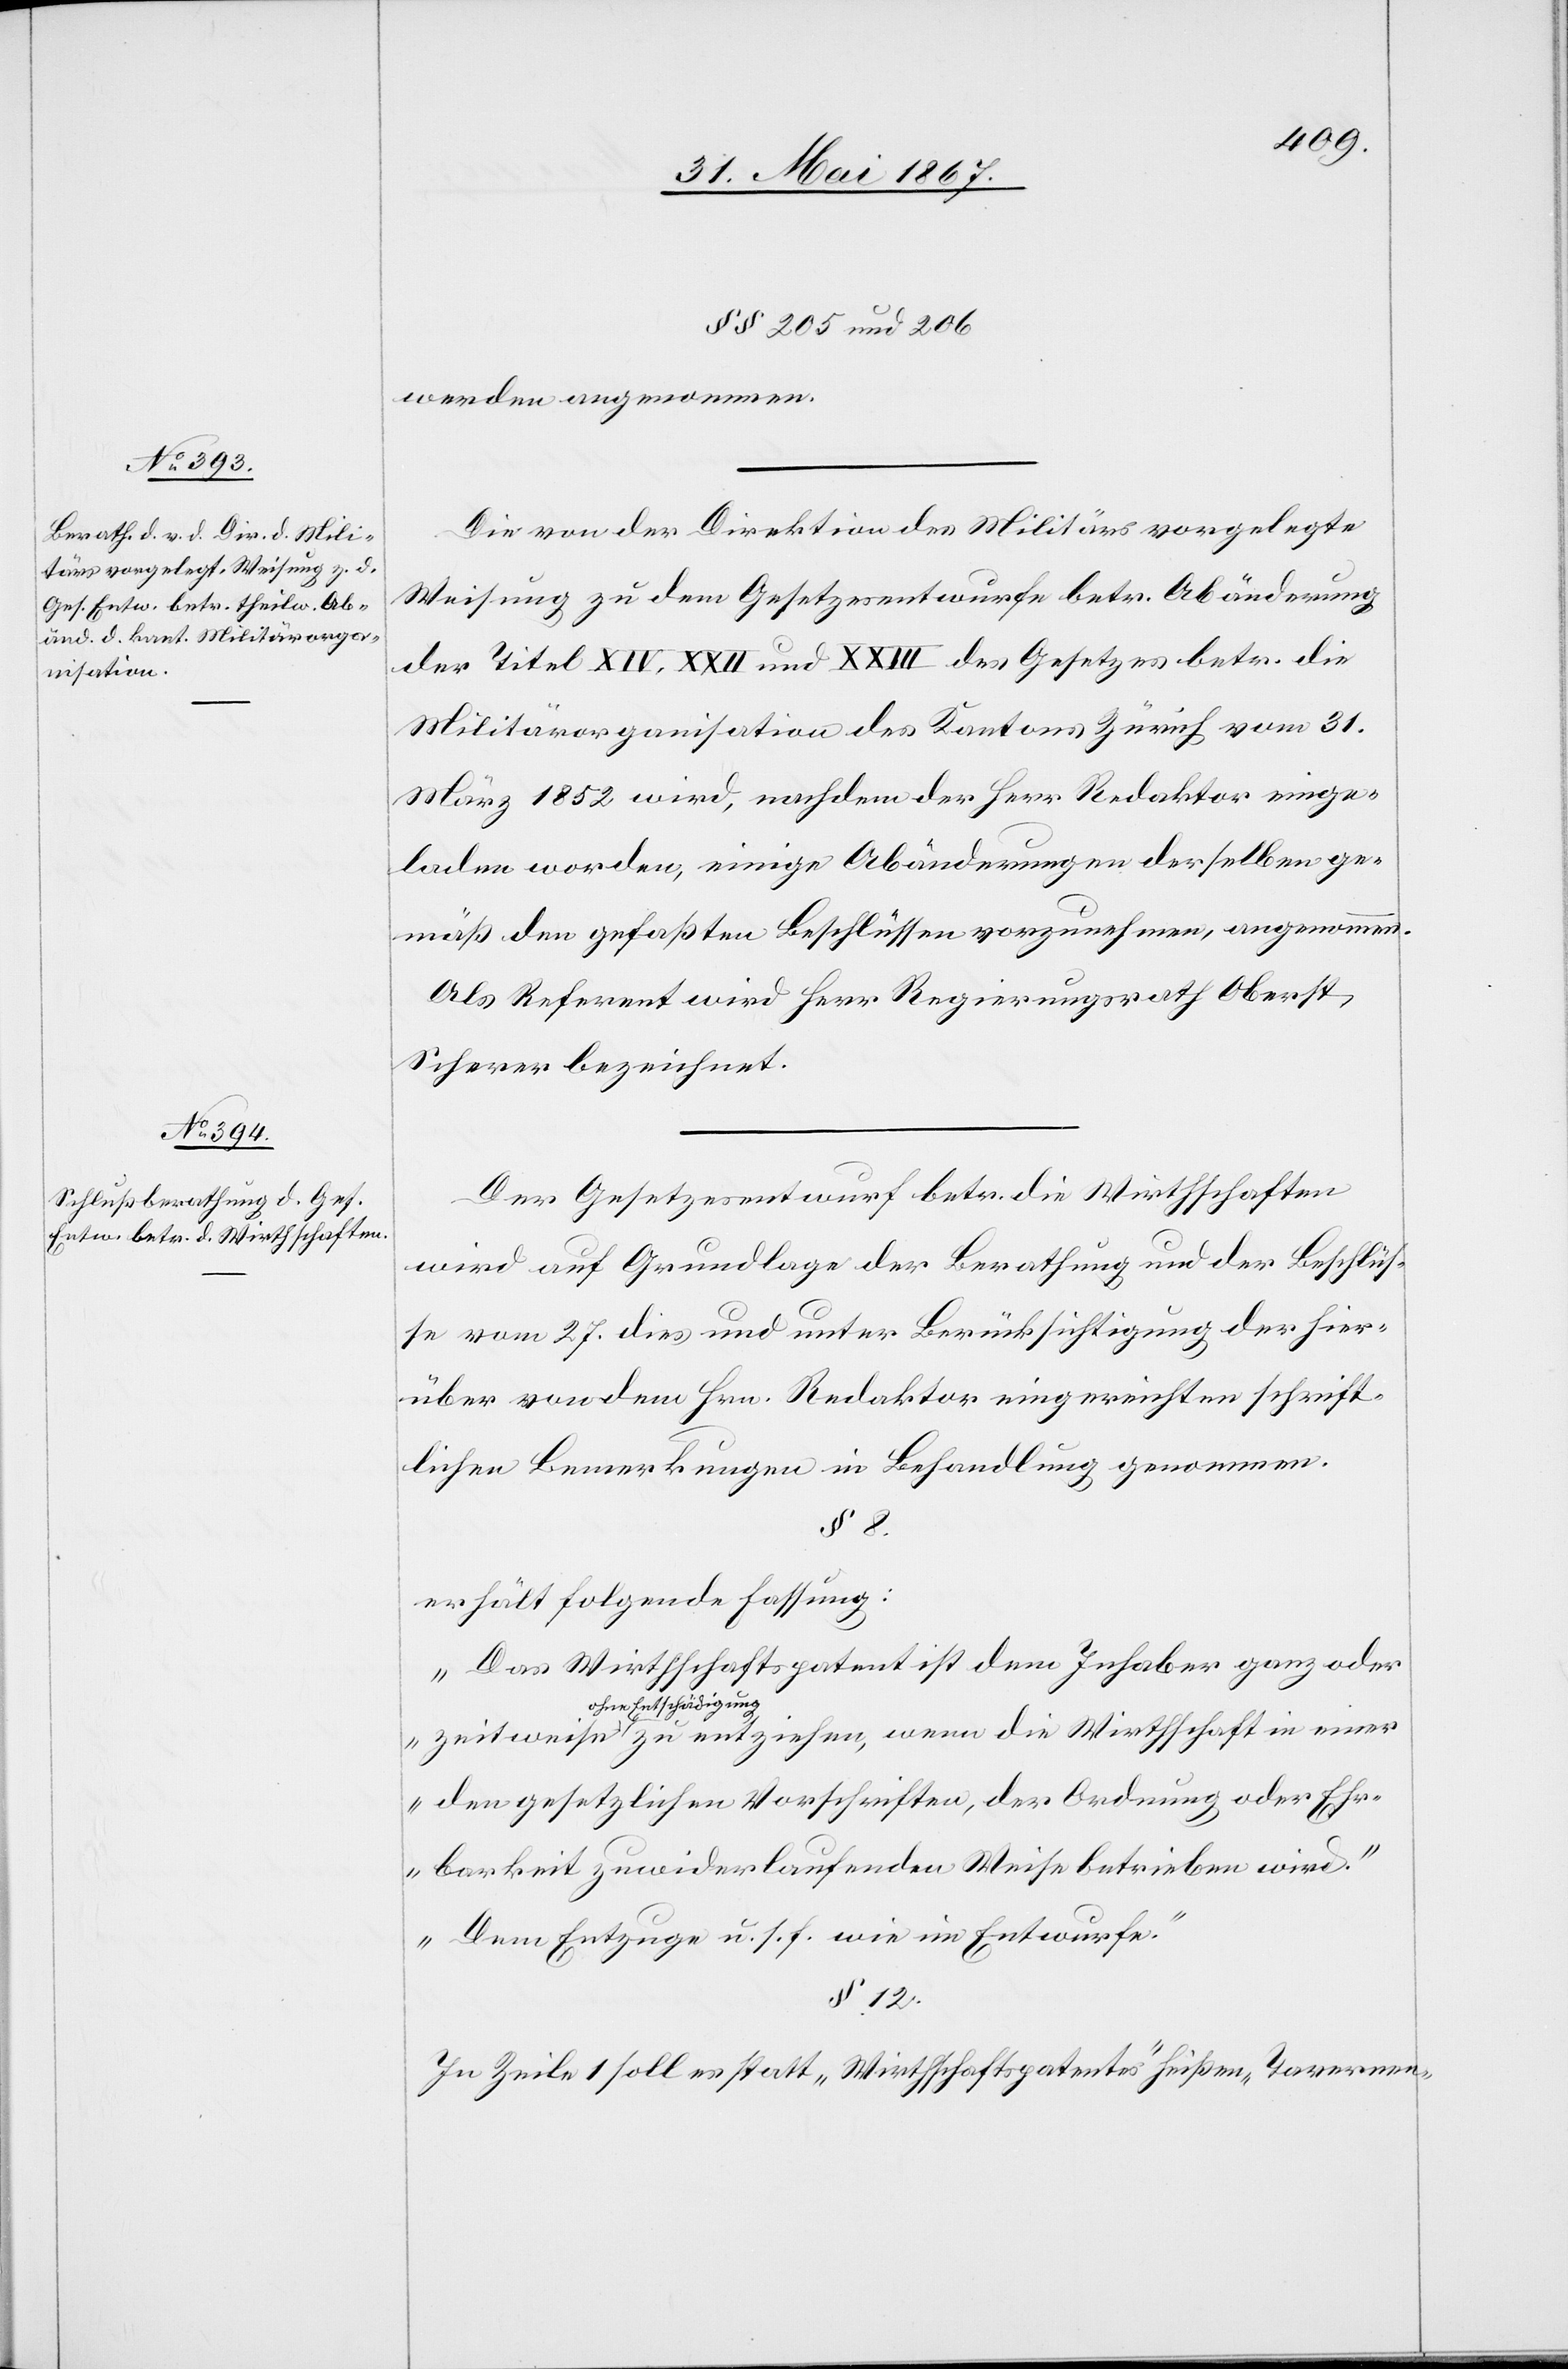
§§ 205 und 206
werden angenommen.
Die von der Direktion des Militärs vorgelegte
Weisung zu dem Gesetzesentwurf betr. Abänderung
der Titel XIV, XXII und XXIII des Gesetzes betr. die
Militärorganisation des Kantons Zürich vom 31.
März 1852 wird, nachdem der Herr Redaktor einge¬
laden worden, einige Abänderungen derselben ge¬
mäß den gefaßten Beschlüssen vorzunehmen, angenommen.
Als Referent wird Herr Regierungsrath Oberst
Scherer bezeichnet.
Der Gesetzesentwurf betr. die Wirthschaften
wird auf Grundlage der Berathung und der Beschlüs¬
se vom 27. dies und unter Berücksichtigung der hier¬
über von dem Hrn. Redaktor eingereichten schrift¬
lichen Bemerkungen in Behandlung genommen.
§ 8.
erhält folgende Fassung:
„Das Wirthschaftspatent ist dem Inhaber ganz oder
ohne Entschädigung
den gesetzlichen Vorschriften, der Ordnung oder Ehr¬
barkeit zuwiderlaufenden Weise betrieben wird.
Dem Entzuge u. s. f. wie im Entwurfe.“
§ 12.
In Zeile 1 soll es statt „Wirthschaftspatentes“ heißen „Tavernen-